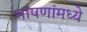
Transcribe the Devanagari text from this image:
भाषणांमध्ये